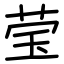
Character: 莹